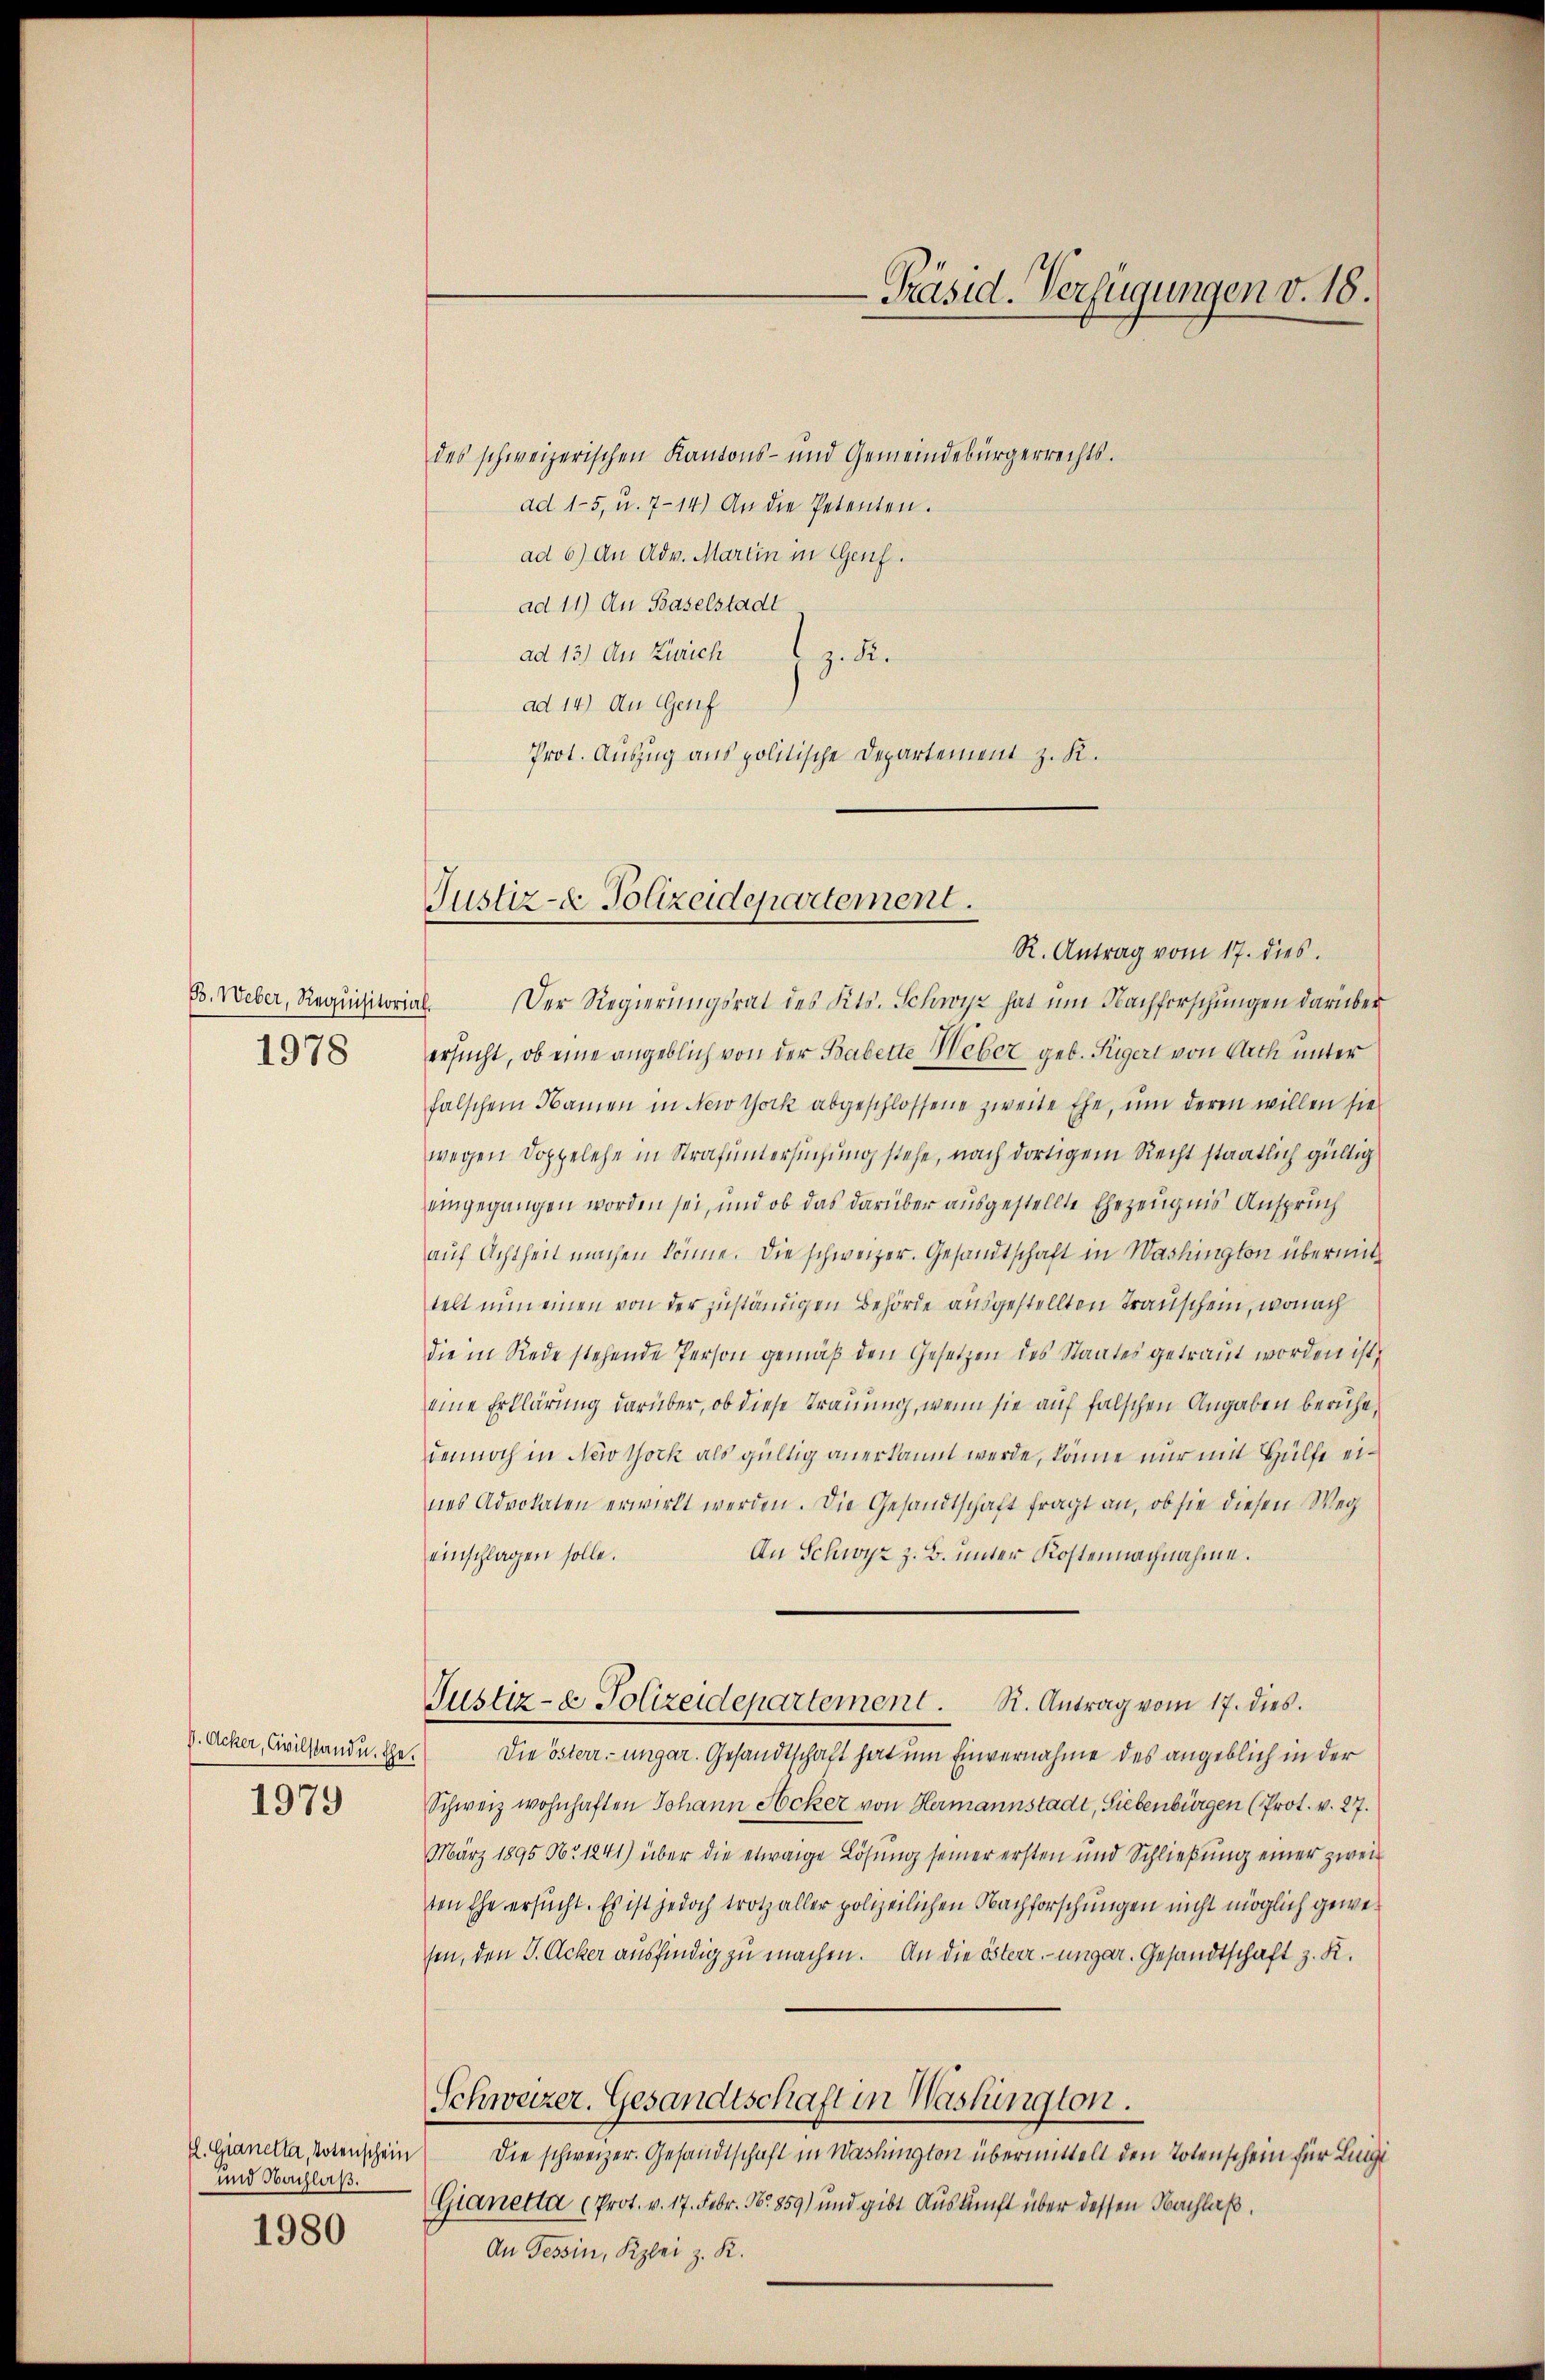
B. Weber, Requisitorial.
1978

d. Acker, Civilstand. Ehe.

1979

tl. Gianella, Totenschein
und Nachlaß.
1980

des schweizerischen Kantons- und Gemeindebürgerrechts.
ad 15, u. 714.) An die Petenten.
ad 6) An Adv. Martin in Genf.
ad 11) An Baselstadt
ad 13) An Zürich z. B.
ad 14) An Genf
Prot. Auszug aus politische Departement z. K.

Justiz- & Polizeidepartement.

-Präsid. Verfügungen v. 18.

R. Antrag vom 17. dies.
Der Regierungsrat des Kts. Schwyz hat um Nachforschungen darüber
ersucht, ob eine angeblich von der Babette Weber geb. Rigert von Arth unter
falschem Namen in New York abgeschlossene zweite Ehe, um deren willen sie
wegen Doppelehe in Strafuntersuchung stehe, nach dortigem Recht staatlich gültig
eingegangen worden sei, und ob das darüber ausgestellte Ehezeugnis Anspruch
auf Achtheil machen könne. Die schweizer. Gesandtschaft in Washington übermit
telt nun einen von der zuständigen Behörde ausgestellten Transchein, wonach
die in Rede stehende Person gemäß den Gesetzen des Staates getraut worden ist
eine Erklärung darüber, ob diese Trauung, wenn sie auf falschen Angaben beruhe.
dennoch in New York als gültig anerkannt werde, könne nur mit Hülfe eines Advokaten erwirkt werden. Die Gesandtschaft fragt an, ob sie diesen Weg
An Schwyz z. B. unter Kostennachnahme.
einschlagen solle.
Justiz- & Polizeidepartement. R. Antrag vom 17. dies.
Die österr-ungar. Gesandtschaft hat um Einvernahme des angeblich in der
Schweiz wohnhaften Johann Acker von Hermannstadt, Siebenbürgen (Prot. v. 27.
März 1895 No 1241) über die etwaige Lösung seiner ersten und Schließung einer zwei
ten Ehe ersucht. Es ist jedoch trotz aller polizeilichen Nachforschungen nicht möglich gewesen, den J. Acker ausfindig zu machen. An die österr.-ungar. Gesandtschaft z. K.
Schweizer. Gesandtschaft in Washington.
Die schweizer. Gesandtschaft in Washington übermittelt den Totenschein für Lingi
Gianetta (Prot. v. 17. Febr. 18. 859) und gibt Auskunft über dessen Nachlaß
An Tessin, Kzlei z. K.